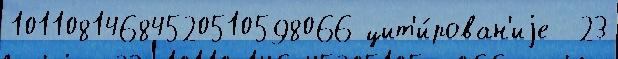
10110814684520510598066 цит'и́рован'иjе  23